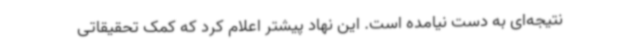
نتیجه‌ای به دست نیامده است. این نهاد پیشتر اعلام کرد که کمک تحقیقاتی